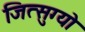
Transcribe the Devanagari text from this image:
जित्सुग्यो